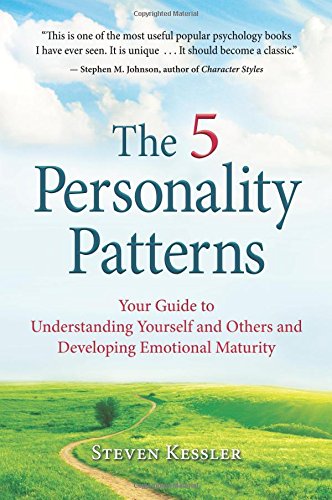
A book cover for The 5 Personality Patterns: Your Guide to Understanding Yourself and Others and Developing Emotional Maturity; Steven Kessler; Health, Fitness & Dieting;